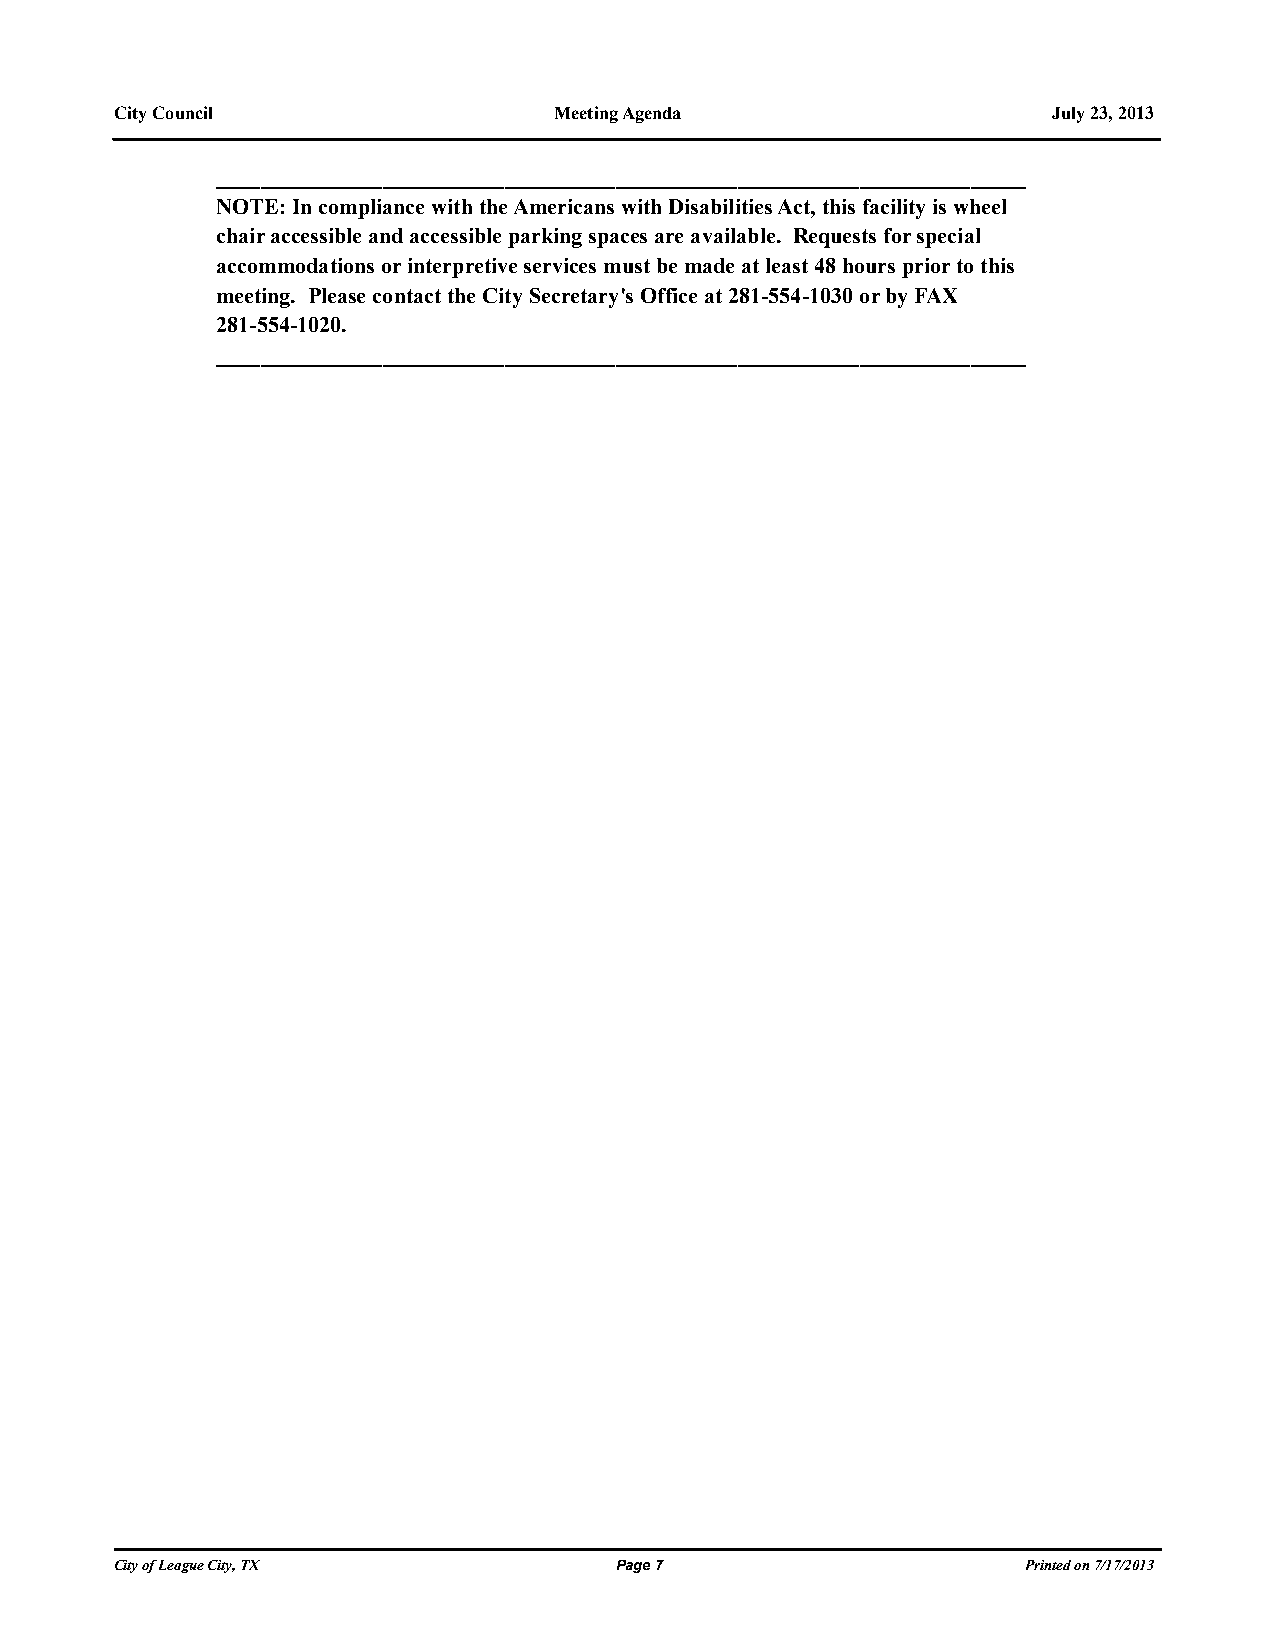
City Council                 Meeting Agenda                   July 23, 2013
 _________________________________________________________________________
 NOTE: In compliance with the Americans with Disabilities Act, this facility is wheel
 chair accessible and accessible parking spaces are available. Requests for special
 accommodations or interpretive services must be made at least 48 hours prior to this
 meeting. Please contact the City Secretary's Office at 281-554-1030 or by FAX
 281-554-1020.
 _________________________________________________________________________
 City of League City, TX          Page 7                     Printed on 7/17/2013